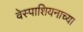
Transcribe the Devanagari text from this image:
वेस्पाशियनाच्या